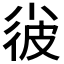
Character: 𡮌